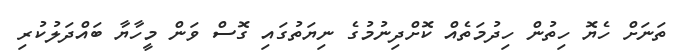
ތަނަށް ހެޔޮ ހިތުން ހިދުމަތެއް ކޮށްދިނުމުގެ ނިޔަތުގައި ގޮސް ވަން މީހާޔާ ބައްދަލުކުރި